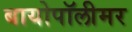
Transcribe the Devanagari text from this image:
बायोपॉलीमर